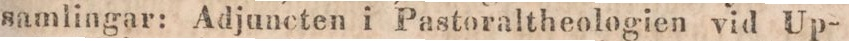
samlingar: Adjuncten i Pastoraltheologien vid Up-